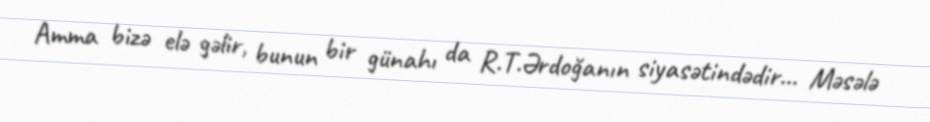
Amma bizə elə gəlir, bunun bir günahı da R.T.Ərdoğanın siyasətindədir... Məsələ